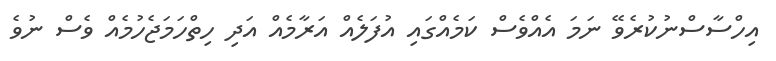
އިހްސާސްނުކުރެވޭ ނަމަ އެއްވެސް ކަމެއްގައި އުފަލެއް އަރާމެއް އަދި ހިތްހަމަޖެހުމެއް ވެސް ނުވެ